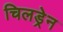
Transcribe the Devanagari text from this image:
चिलड्रेन